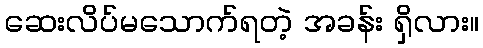
ဆေးလိပ်မသောက်ရတဲ့ အခန်း ရှိလား။